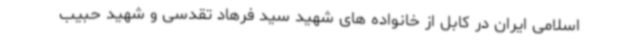
اسلامی ایران در کابل از خانواده های شهید سید فرهاد تقدسی و شهید حبیب